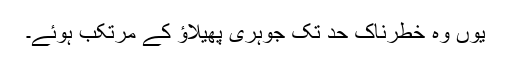
یوں وہ خطرناک حد تک جوہری پھیلاؤ کے مرتکب ہوئے۔